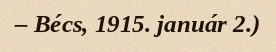
– Bécs, 1915. január 2.)